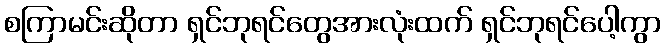
စကြာမင်းဆိုတာ ရှင်ဘုရင်တွေအားလုံးထက် ရှင်ဘုရင်ပေါ့ကွာ